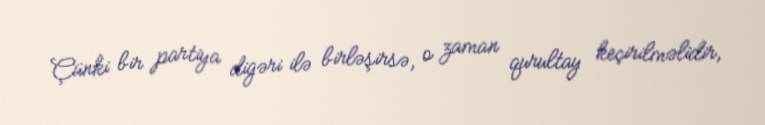
Çünki bir partiya digəri ilə birləşirsə, o zaman qurultay keçirilməlidir,